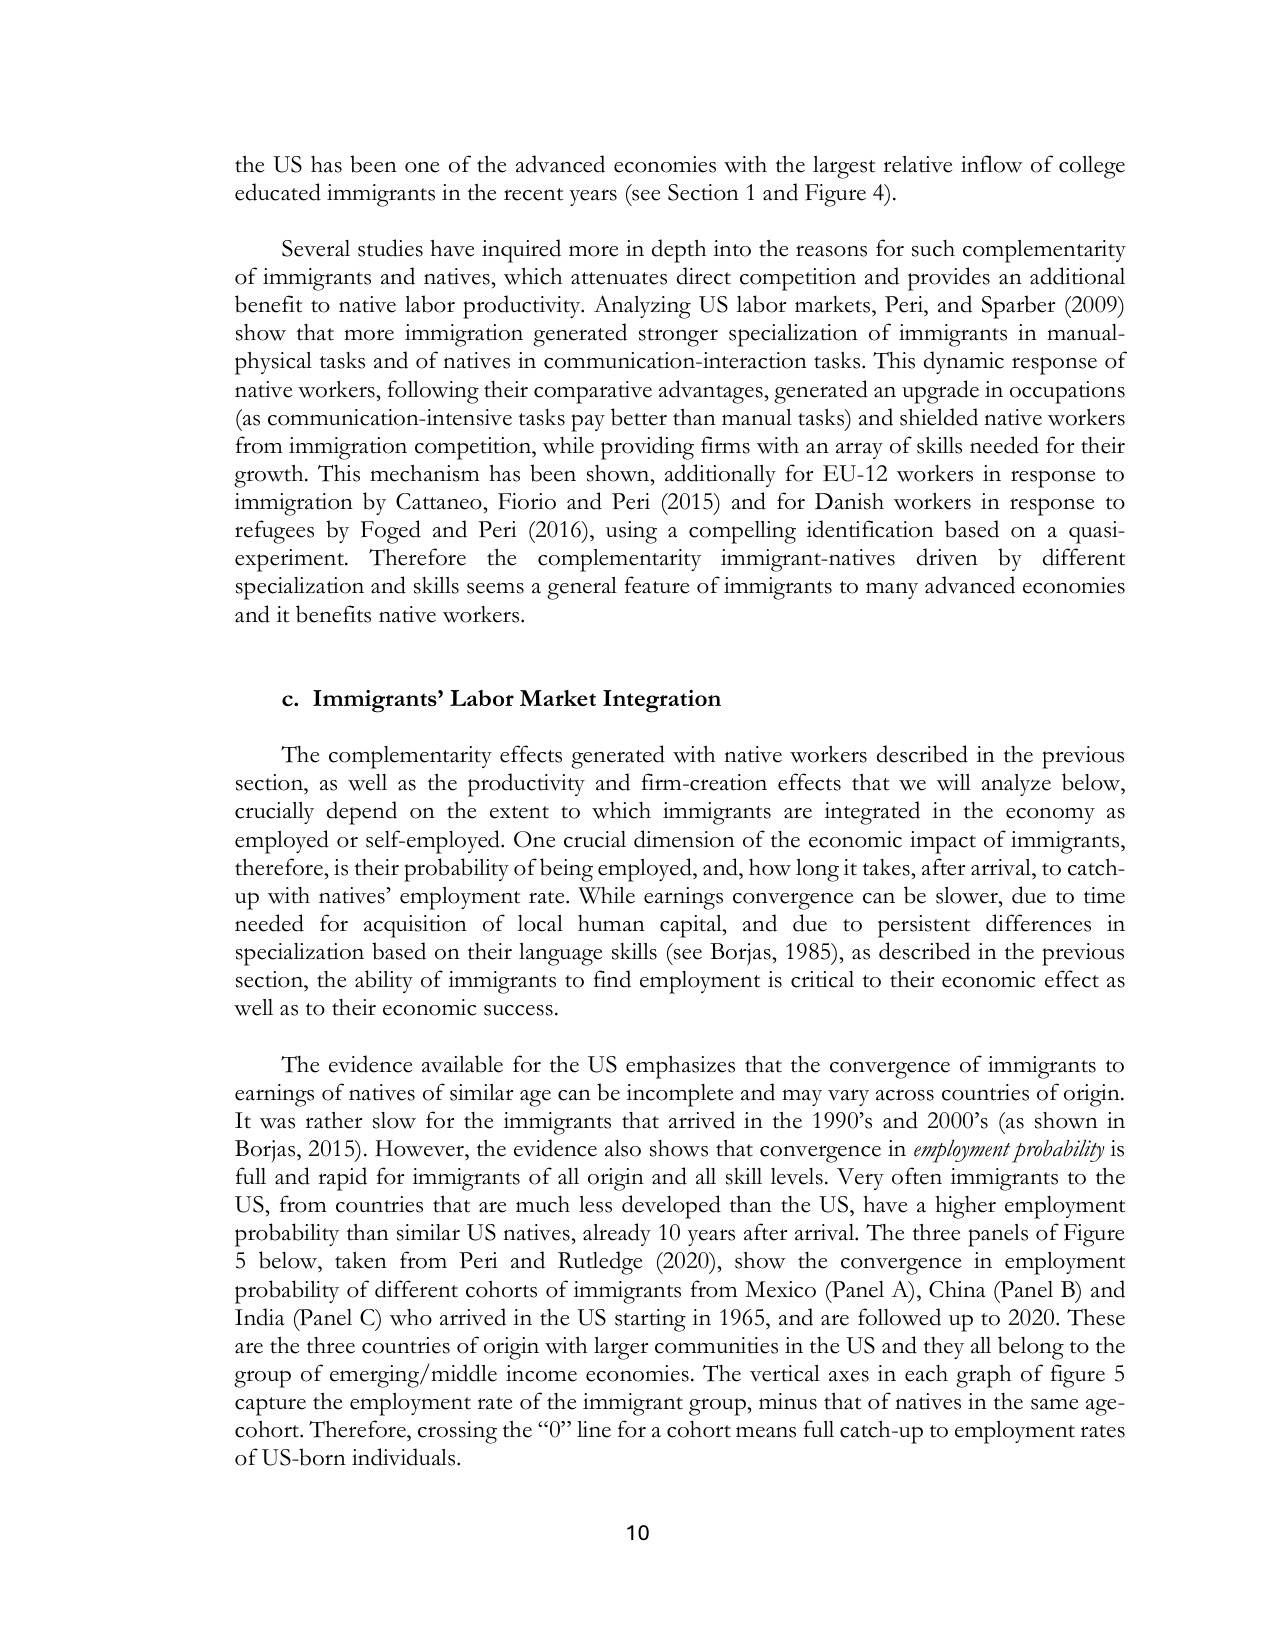
the US has been one of the advanced economies with the largest relative inflow of college educated immigrants in the recent years (see Section 1 and Figure 4).

Several studies have inquired more in depth into the reasons for such complementarity of immigrants and natives, which attenuates direct competition and provides an additional benefit to native labor productivity. Analyzing US labor markets, Peri, and Sparber (2009) show that more immigration generated stronger specialization of immigrants in manual-physical tasks and of natives in communication-interaction tasks. This dynamic response of native workers, following their comparative advantages, generated an upgrade in occupations (as communication-intensive tasks pay better than manual tasks) and shielded native workers from immigration competition, while providing firms with an array of skills needed for their growth. This mechanism has been shown, additionally for EU-12 workers in response to immigration by Cattaneo, Fiorio and Peri (2015) and for Danish workers in response to refugees by Foged and Peri (2016), using a compelling identification based on a quasi-experiment. Therefore the complementarity immigrant-natives driven by different specialization and skills seems a general feature of immigrants to many advanced economies and it benefits native workers.

c. Immigrants’ Labor Market Integration

The complementarity effects generated with native workers described in the previous section, as well as the productivity and firm-creation effects that we will analyze below, crucially depend on the extent to which immigrants are integrated in the economy as employed or self-employed. One crucial dimension of the economic impact of immigrants, therefore, is their probability of being employed, and, how long it takes, after arrival, to catch-up with natives’ employment rate. While earnings convergence can be slower, due to time needed for acquisition of local human capital, and due to persistent differences in specialization based on their language skills (see Borjas, 1985), as described in the previous section, the ability of immigrants to find employment is critical to their economic effect as well as to their economic success.

The evidence available for the US emphasizes that the convergence of immigrants to earnings of natives of similar age can be incomplete and may vary across countries of origin. It was rather slow for the immigrants that arrived in the 1990’s and 2000’s (as shown in Borjas, 2015). However, the evidence also shows that convergence in employment probability is full and rapid for immigrants of all origin and all skill levels. Very often immigrants to the US, from countries that are much less developed than the US, have a higher employment probability than similar US natives, already 10 years after arrival. The three panels of Figure 5 below, taken from Peri and Rutledge (2020), show the convergence in employment probability of different cohorts of immigrants from Mexico (Panel A), China (Panel B) and India (Panel C) who arrived in the US starting in 1965, and are followed up to 2020. These are the three countries of origin with larger communities in the US and they all belong to the group of emerging/middle income economies. The vertical axes in each graph of figure 5 capture the employment rate of the immigrant group, minus that of natives in the same age-cohort. Therefore, crossing the “0” line for a cohort means full catch-up to employment rates of US-born individuals.

10